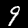
Label: 9